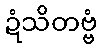
ဍံသိတဗ္ဗံ